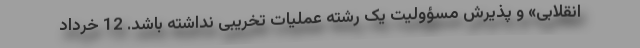
انقلابی» و پذیرش مسؤولیت یک رشته عملیات تخریبی نداشته باشد. 12 خرداد